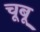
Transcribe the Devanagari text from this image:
चूबू